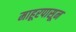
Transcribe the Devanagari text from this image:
माहूरपासून